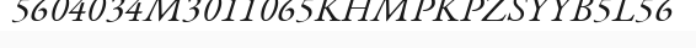
5604034M3011065KHMPKPZSYYB5L56